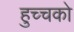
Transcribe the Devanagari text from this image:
हुच्चको